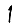
Digit: 1